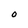
Character: O